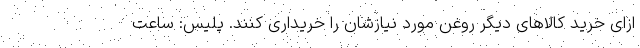
ازای خرید کالاهای دیگر روغن مورد نیازشان را خریداری کنند. پلیس: ساعت